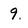
Character: 9